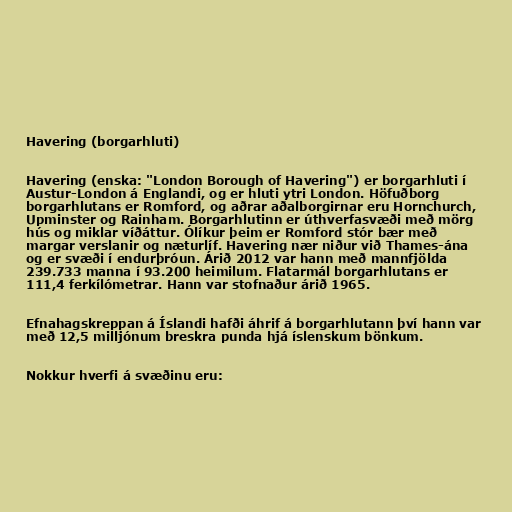
Havering (borgarhluti)

Havering (enska: "London Borough of Havering") er borgarhluti í
Austur-London á Englandi, og er hluti ytri London. Höfuðborg
borgarhlutans er Romford, og aðrar aðalborgirnar eru Hornchurch,
Upminster og Rainham. Borgarhlutinn er úthverfasvæði með mörg
hús og miklar víðáttur. Ólíkur þeim er Romford stór bær með
margar verslanir og næturlíf. Havering nær niður við Thames-ána
og er svæði í endurþróun. Árið 2012 var hann með mannfjölda
239.733 manna í 93.200 heimilum. Flatarmál borgarhlutans er
111,4 ferkílómetrar. Hann var stofnaður árið 1965.

Efnahagskreppan á Íslandi hafði áhrif á borgarhlutann því hann var
með 12,5 milljónum breskra punda hjá íslenskum bönkum.

Nokkur hverfi á svæðinu eru: